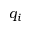
q _ { i }